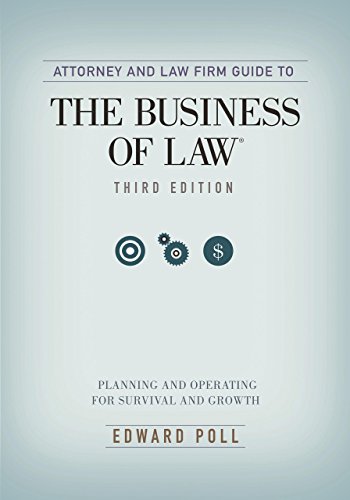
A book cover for Attorney and Law Firm Guide to the Business of Law: Planning and Operating for Survival and Growth; Edward Poll; Business & Money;